NAE_kihelkonnakohtute_kirjad_ja_protokollid_1869-1889, lk 6
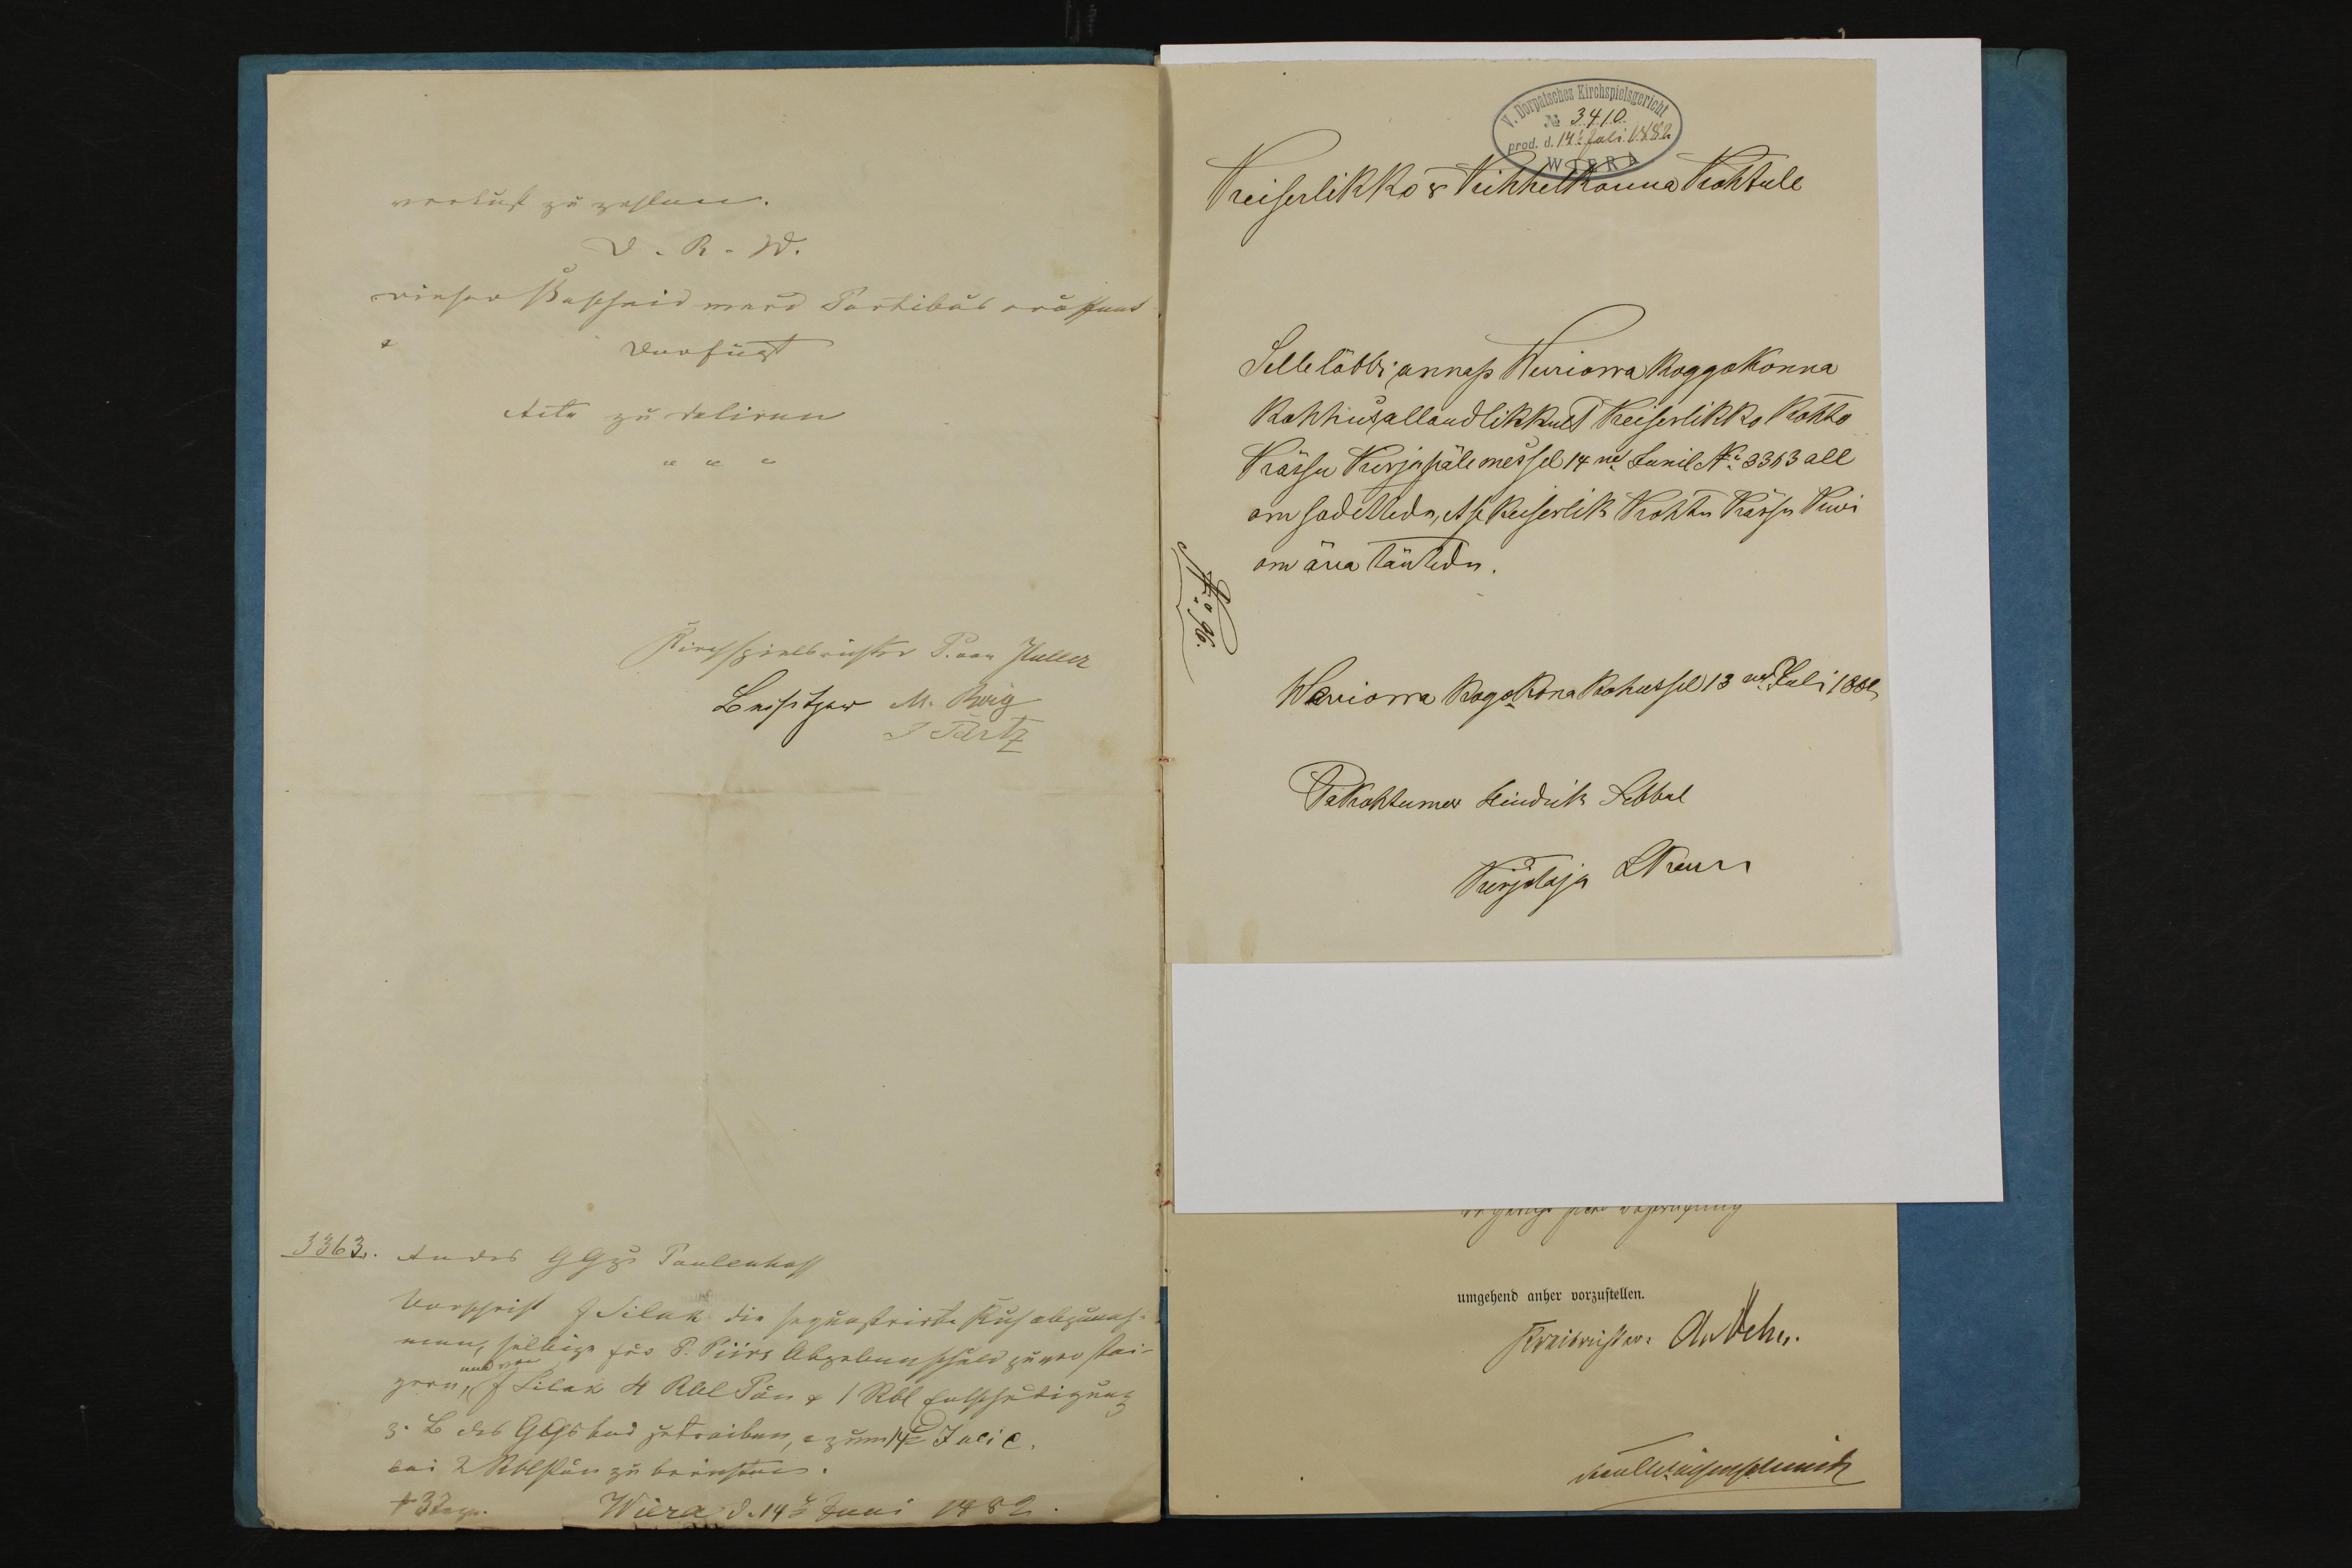
Keiserlikko V Kihhelkonna Kohtule
Selle läbbi annap Weriorra Koggokonna
Lohhus allandlikkult Keiserlikko Kohto
Kässu Kirja päle mes sel 14ne Junil N3363 all
om sadettud, et se Keiserlik Kohtu Kässu Kui
om ära täutedu.
Werriorra Kogokona Kohus sel 13nel Juli 1882